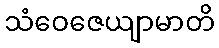
သံဝေဇေယျာမာတိ